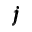
\pmb { j }